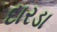
દારડા